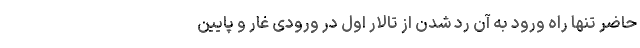
حاضر تنها راه ورود به آن رد شدن از تالار اول در ورودی غار و پایین